Report of the Hyderabad Chloroform Commission
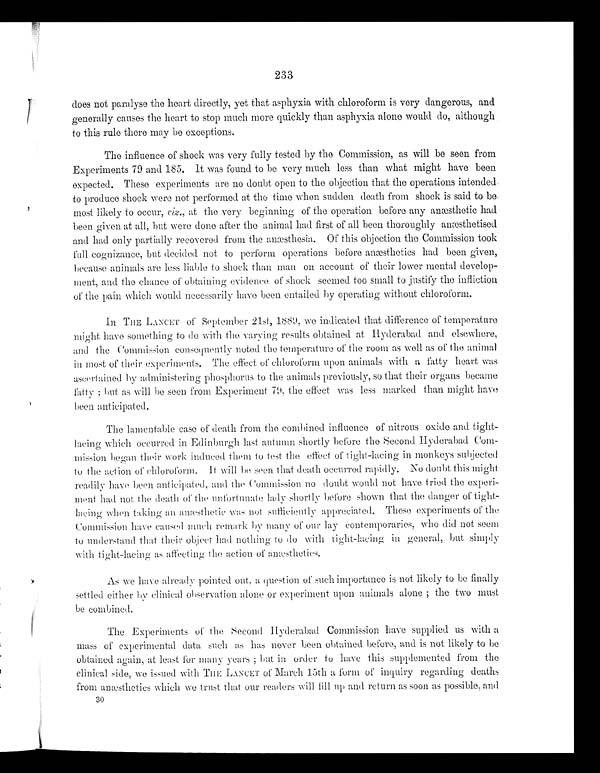
233
does not paralyse the heart directly, yet that asphyxia with chloroform is very dangerous, and
generally causes the heart to stop much more quickly than asphyxia alone would do, although
to this rule there may be exceptions.
The influence of shock was very fully tested by the Commission, as will be soon from
Experiments 79 and 185. It was found to be very much less than what might have been
expected. These experiments are no doubt open to the objection that the operations intended
to produce shock were not performed at the time when sudden death from shock is said to be
most likely to occur, viz ., at the very beginning of the operation before any anæsthetic had
been given at all, but were done after the animal had first of all been thoroughly anæsthetised
and had only partially recovered from the anæsthesia. Of this objection the Commission took
full cognizance, but decided not to perform operations before anæsthetics had been given,
because animals are less liable to shock than man on account of their lower mental develop--
ment, and the chance of obtaining evidence of shock seemed too small to justify the infliction
of the pain which would necessarily have been entailed by operating without chloroform.
In THE LANCET of September 21st, 1889, we indicated that difference of temperature
might have something to do with the varying results obtained at Hyderabad and elsewhere,
and the Commission consequently noted the temperature of the room as well as of the animal
in most of their experiments. The effect of chloroform upon animals with a fatty heart was
ascertained by administering phosphorus to the animals previously, so that their Organs became
fatty; but as will be seen from Experiment 79, the effect was less marked than might have
been anticipated.
The lamentable case of death from the combined influence of nitrous oxide and tight-
lacing which occurred in Edinburgh last autumn shortly before the Second Hyderabad Com--
mission began their work induced them to test the effect of tight-lacing in monkeys subjected
to the action of chloroform. It will be seen that death occurred rapidly. No doubt this might
readily have been anticipated, and the Commission no doubt would not have tried the experi--
ment had not the death of the unfortunate lady shortly before shown that the danger of tight-
lacing when taking an anæsthetic was not sufficiently appreciated. These experiments of the
Commission have caused much remark by many of our lay contemporaries, who did not seem
to understand that their object had nothing to do with tight-lacing in general, but simply
with tight-lacing as affecting the action of anæsthetics.
As we have already pointed out, a question of such importance is not likely to be finally
settled either by clinical observation alone or experiment upon animals alone; the two must
be combined.
The Experiments of the Second Hyderabad Commission have supplied us with a
mass of experimental data such as has never been obtained before, and is not likely to be
obtained again, at least for many years; but in order to have this supplemented from the
clinical side, we issued with THE LANCET of March 15th a form of inquiry regarding deaths
from anæsthetics which we trust that our readers will fill up and return as soon as possible, and
30